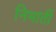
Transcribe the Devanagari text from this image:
निभातीं